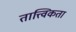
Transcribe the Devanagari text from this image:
तात्त्विकता